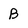
Character: B